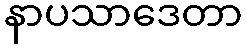
နာပသာဒေတာ